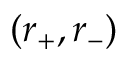
( r _ { + } , r _ { - } )